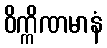
ဝိက္ကိဏမာနံ